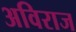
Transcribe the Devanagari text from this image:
अविराज